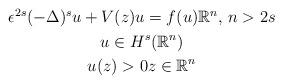
LaTeX: \begin{align*}\begin{gathered}\epsilon^{2s}(-\Delta)^su+V(z)u=f(u)\mathbb{R}^n,\, n>2s\\u\in H^s(\mathbb{R}^n)\\u(z)>0z\in \mathbb{R}^n\end{gathered}\end{align*}